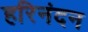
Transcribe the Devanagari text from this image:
हरिनंदन